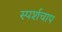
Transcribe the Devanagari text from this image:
स्पर्शचाप